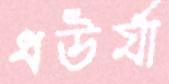
ধউর্যা